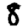
Digit: 8